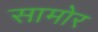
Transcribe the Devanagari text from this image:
सामोर